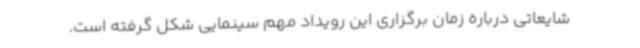
شایعاتی درباره زمان برگزاری این رویداد مهم سینمایی شکل گرفته است.